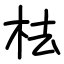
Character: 㭕